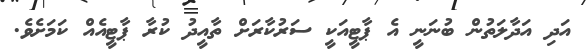
އަދި އަދާލަތުން ބުނަނީ އެ ޕާޓީއަކީ ސަރުކާރަށް ތާއީދު ކުރާ ޕާޓީއެއް ކަމަށެވެ.